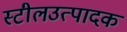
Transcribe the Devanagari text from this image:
स्टीलउत्पादक